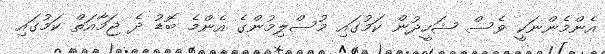
އެންމެންނަކީ ވެސް ޝަހީދުން ކަމުގައި މުސްލިމުންގެ އެންމެ ބޮޑު ދެ ޖަމާއަތް ކަމުގައި